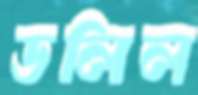
ডলিল